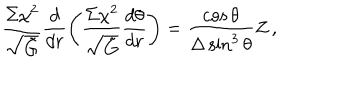
{ \frac { \Sigma \chi ^ { 2 } } { \sqrt { \tilde { G } } } } \frac { d } { d r } \left( { \frac { \Sigma \chi ^ { 2 } } { \sqrt { \tilde { G } } } } \frac { d \theta } { d r } \right) = { \frac { \cos \theta } { \Delta \sin ^ { 3 } \theta } } Z \, ,